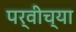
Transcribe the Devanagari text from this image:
पर्वीच्या